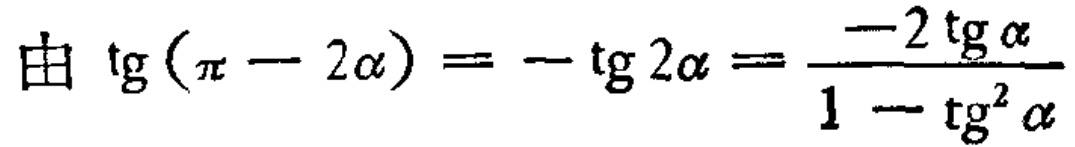
由 \(\text{tg}(\pi - 2\alpha)=-\text{tg}2\alpha=\frac{-2\text{tg}\alpha}{1 - \text{tg}^{2}\alpha}\)